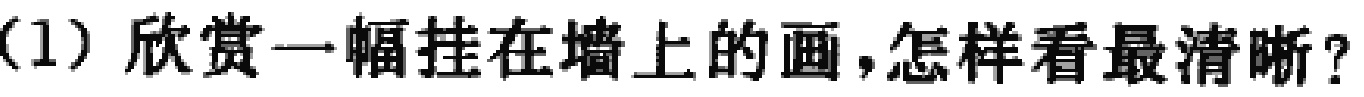
（1）欣赏一幅挂在墙上的画，怎样看最清晰？